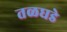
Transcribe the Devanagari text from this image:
तळघडे